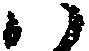
ハ